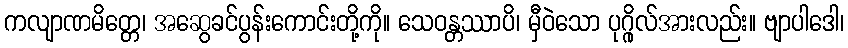
ကလျာဏမိတ္တေ၊ အဆွေခင်ပွန်းကောင်းတို့ကို။ သေဝန္တဿာပိ၊ မှီဝဲသော ပုဂ္ဂိုလ်အားလည်း။ ဗျာပါဒေါ၊